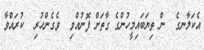
އެކަލާނގެ  ން ތިޔަބައިމީހުންގެ ގާތަށް ފޮނުއްވި  ވެގެންހުރި  ކުރައްވާ